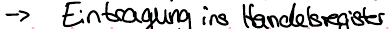
-> Eintragung ins Handelsregister